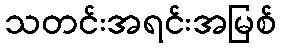
သတင်းအရင်းအမြစ်